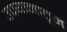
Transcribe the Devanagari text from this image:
उपयानातून